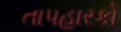
તાપહારકો